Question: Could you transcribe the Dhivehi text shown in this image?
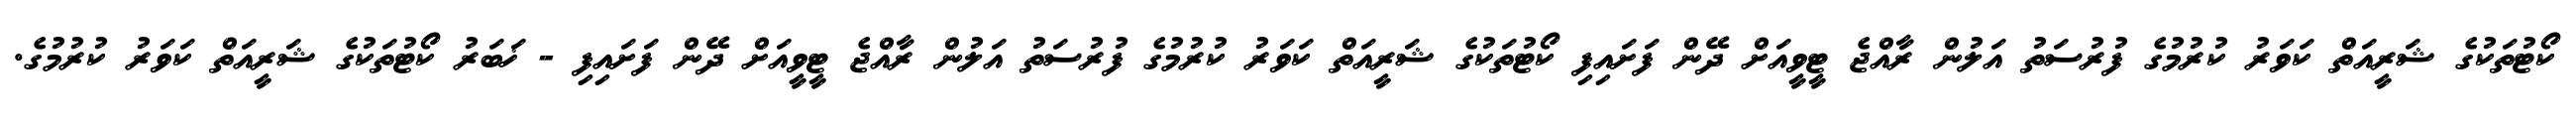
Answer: ކޯޓުތަކުގެ ޝަރީއަތް ކަވަރު ކުރުމުގެ ފުރުސަތު އަލުން ރާއްޖެ ޓީވީއަށް ދޭން ފަށައިފި ކޯޓުތަކުގެ ޝަރީއަތް ކަވަރު ކުރުމުގެ ފުރުސަތު އަލުން ރާއްޖެ ޓީވީއަށް ދޭން ފަށައިފި - ޚަބަރު ކޯޓުތަކުގެ ޝަރީއަތް ކަވަރު ކުރުމުގެ.